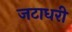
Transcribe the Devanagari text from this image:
जटाधरी